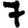
Digit: 7